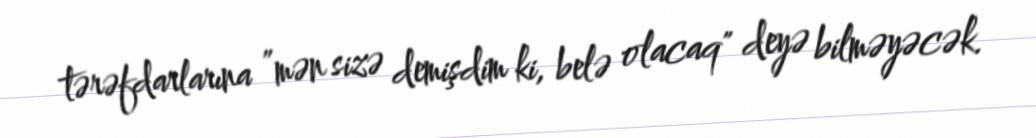
tərəfdarlarına ”mən sizə demişdim ki, belə olacaq" deyə bilməyəcək.